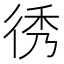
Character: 𢓵